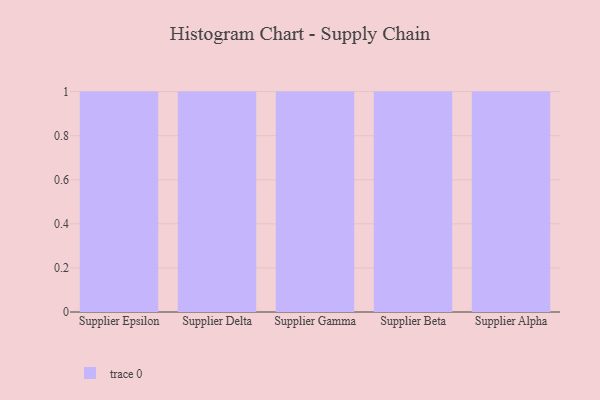
{"axis": {"x": "Supplier", "y": "Satisfaction Score"}, "legend": [""], "data": [{"x": "Supplier Epsilon", "y": 25, "type": ""}, {"x": "Supplier Delta", "y": 15, "type": ""}, {"x": "Supplier Gamma", "y": 54, "type": ""}, {"x": "Supplier Beta", "y": 42, "type": ""}, {"x": "Supplier Alpha", "y": 97, "type": ""}]}